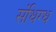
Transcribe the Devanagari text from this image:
संधिग्ध